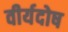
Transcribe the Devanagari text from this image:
वीर्यदोष